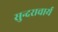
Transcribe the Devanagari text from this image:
सुन्दराचार्य